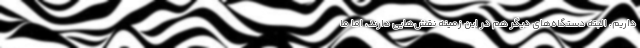
داریم. البته دستگاه‌های دیگر هم در این زمینه نقش‌هایی دارند، اما ما